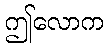
ဤလောက